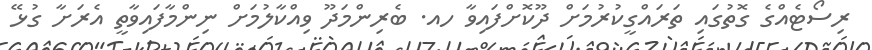
ރިސޯޓެއްގެ ގޮތުގައި ތަރައްގީކުރުމަށް ދޫކޮށްފައިވާ ހއ. ބެރިންމަދޫ ވިއްކާލުމަށް ނިންމާފައިވާތީ އެރަށާ ގުޅޭ